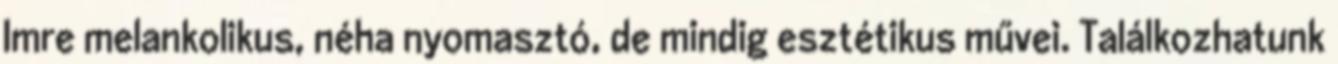
Imre melankolikus, néha nyomasztó, de mindig esztétikus művei. Találkozhatunk